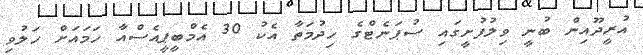
އުރީދޫއިން ބުނީ ވިލުފުށީގައި ސުޕަނެޓްގެ ހިދުމަތާ އެކު 30 އެމްބީޕީއެސްއާ ހަމައަށް ހަލުވި